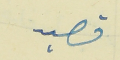
قصيد